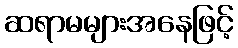
ဆရာမများအနေဖြင့်